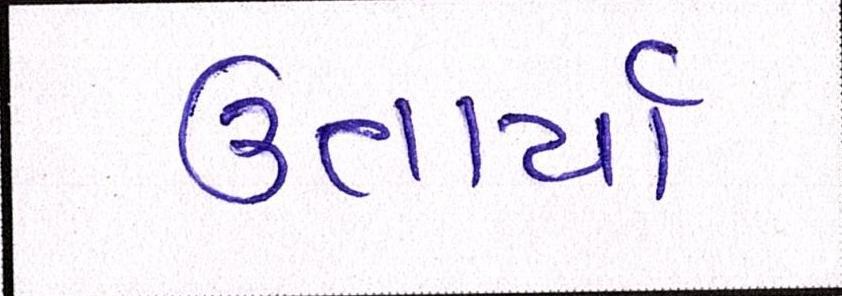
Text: ઉતાર્યા